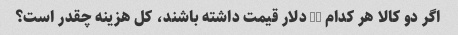
اگر دو کالا هر کدام 12 دلار قیمت داشته باشند، کل هزینه چقدر است؟